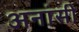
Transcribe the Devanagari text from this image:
अनांसी